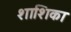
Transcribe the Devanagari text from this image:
शाशिका